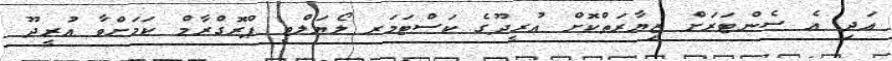
އަދި އެ ސެންޓަރަށް ޒިޔާރަތްކޮށް އުރީދޫގެ ކަސްޓަމަރ ލޯޔަލްޓީ ޕްރޮގްރާމް ކަމަށްވާ އުރީދޫ